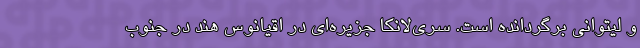
و لیتوانی برگردانده است. سری‌لانکا جزیره‌ای در اقیانوس هند در جنوب